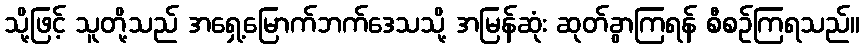
သို့ဖြင့် သူတို့သည် အရှေ့မြောက်ဘက်ဒေသသို့ အမြန်ဆုံး ဆုတ်ခွာကြရန် စီစဉ်ကြရသည်။